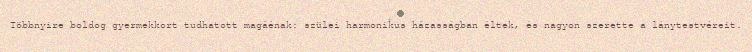
Többnyire boldog gyermekkort tudhatott magáénak: szülei harmonikus házasságban éltek, és nagyon szerette a lánytestvéreit.